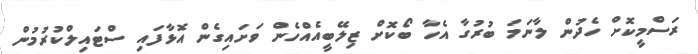
ރަސްމީކޮށް ހެދުން ލާނަމަ ބުރުގާ އެހާ ބޯކޮށް ޒިލޭބީއެއްހެން ވަށައިގެން އޮޅާފައި ސްޓައިލްކުރުމުން